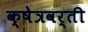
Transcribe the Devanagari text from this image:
क्षेत्रवर्ती